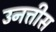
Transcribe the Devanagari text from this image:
उनत्तीस